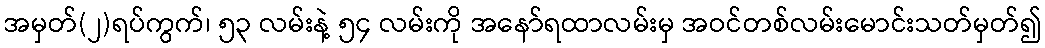
အမှတ်(၂)ရပ်ကွက်၊ ၅၃ လမ်းနဲ့ ၅၄ လမ်းကို အနော်ရထာလမ်းမှ အဝင်တစ်လမ်းမောင်းသတ်မှတ်၍